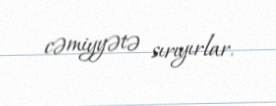
cəmiyyətə sırıyırlar.